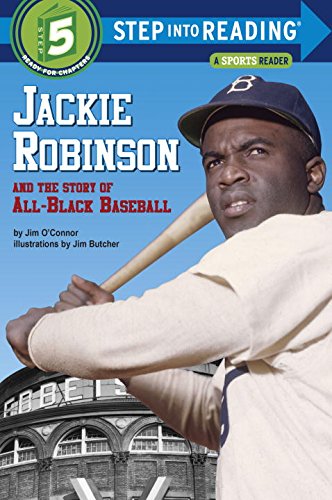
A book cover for Jackie Robinson and the Story of All Black Baseball (Step into Reading); Jim O'Connor; Children's Books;